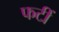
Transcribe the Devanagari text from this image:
फटीं